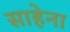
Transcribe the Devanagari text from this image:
साहेना